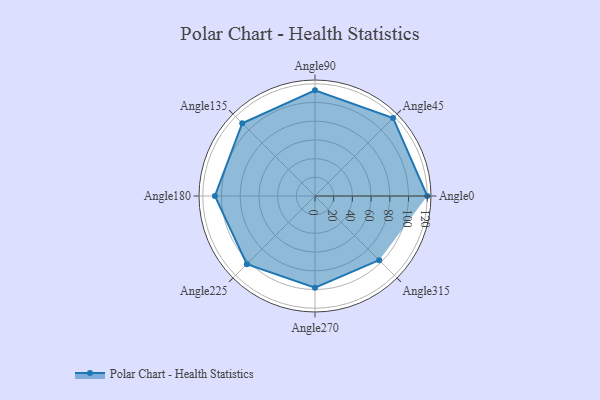
{"axis": {"x": "Angle", "y": "Radius"}, "legend": [""], "data": [{"x": "Angle0", "y": 120.0, "type": ""}, {"x": "Angle45", "y": 118.0, "type": ""}, {"x": "Angle90", "y": 113.0, "type": ""}, {"x": "Angle135", "y": 110.0, "type": ""}, {"x": "Angle180", "y": 107.0, "type": ""}, {"x": "Angle225", "y": 103.0, "type": ""}, {"x": "Angle270", "y": 98.0, "type": ""}, {"x": "Angle315", "y": 97.0, "type": ""}]}